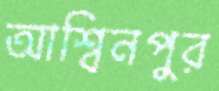
আশ্বিনপুর